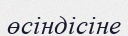
өсіндісіне